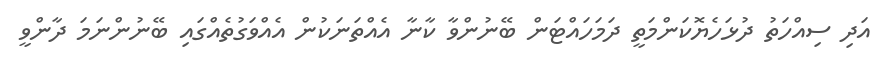
އަދި ސިއްހަތު ދުޅަހެޔޮކަންމަތީ ދަމަހައްޓަން ބޭނުންވާ ކާނާ އެއްތަނަކުން އެއްވަގުތެއްގައި ބޭނުންނަމަ ދާންވީ